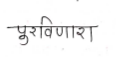
मजकूर: पुरविणारा